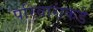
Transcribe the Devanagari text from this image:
परिवारांकडे